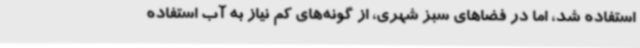
استفاده شد، اما در فضاهای سبز شهری، از گونه‌های کم نیاز به آب استفاده